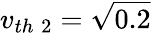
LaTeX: v_{th\; 2}=\sqrt{0.2}